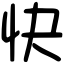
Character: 快